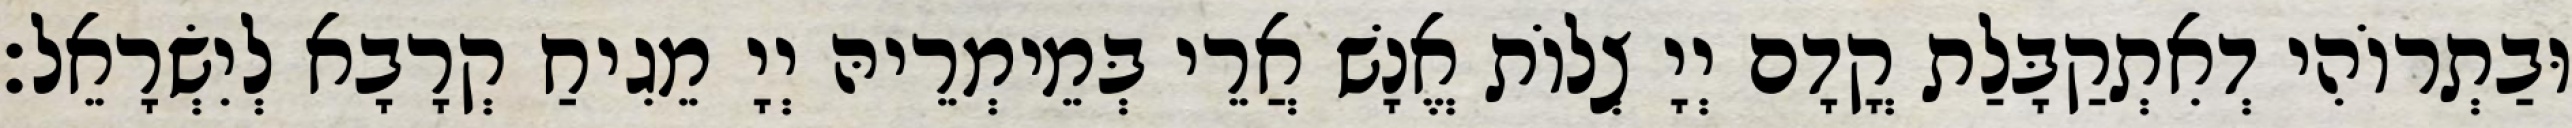
וּבַתְרוֹהִי דְאִתְקַבָּלַת קֳדָם יְיָ צְלוֹת אֱנָשׁ אֲרֵי בְּמֵימְרֵיהּ יְיָ מֵגִיחַ קְרָבָא לְיִשְׂרָאֵל׃